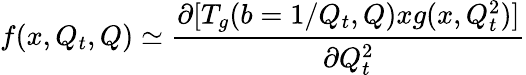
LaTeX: f(x,Q_{t},Q)\simeq{\frac{\partial[T_{g}(b=1/Q_{t},Q)xg(x,Q_{t}^{2})]}{\partial Q_{t}^{2}}}